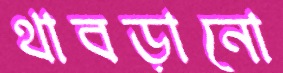
থাবড়ানো